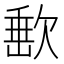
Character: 𣣮